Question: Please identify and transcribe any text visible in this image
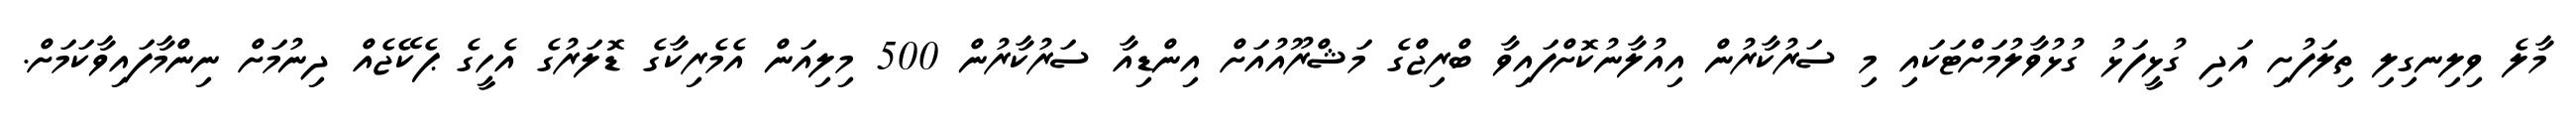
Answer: މާލެ ވިލިނގިލި ތިލަފުށި އަދި ގުޅީފަޅު ގުޅުވާލުމަށްޓަކައި މި ސަރުކާރުން އިއުލާނުކޮށްފައިވާ ބްރިޖްގެ މަޝްރޫއުއަށް އިންޑިއާ ސަރުކާރުން 500 މިލިއަން އެމެރިކާގެ ޑޮލަރުގެ އެހީގެ ޕެކޭޖެއް ދިނުމަށް ނިންމާފައިވާކަމަށް.